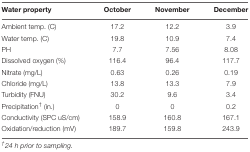
<table><thead><tr><td><b>Water property</b></td><td><b>October</b></td><td><b>November</b></td><td><b>December</b></td></tr></thead><tbody><tr><td>Ambient temp. (C)</td><td>17.2</td><td>12.2</td><td>3.9</td></tr><tr><td>Water temp. (C)</td><td>19.8</td><td>10.9</td><td>7.4</td></tr><tr><td>PH</td><td>7.7</td><td>7.56</td><td>8.08</td></tr><tr><td>Dissolved oxygen (%)</td><td>116.4</td><td>96.4</td><td>117.7</td></tr><tr><td>Nitrate (mg/L)</td><td>0.63</td><td>0.26</td><td>0.19</td></tr><tr><td>Chloride (mg/L)</td><td>13.8</td><td>13.3</td><td>7.9</td></tr><tr><td>Turbidity (FNU)</td><td>30.2</td><td>9.6</td><td>3.4</td></tr><tr><td>Precipitation<sup>†</sup> (in.)</td><td>0</td><td>0</td><td>0.2</td></tr><tr><td>Conductivity (SPC uS/cm)</td><td>158.9</td><td>160.8</td><td>167.1</td></tr><tr><td>Oxidation/reduction (mV)</td><td>189.7</td><td>159.8</td><td>243.9</td></tr></tbody></table>